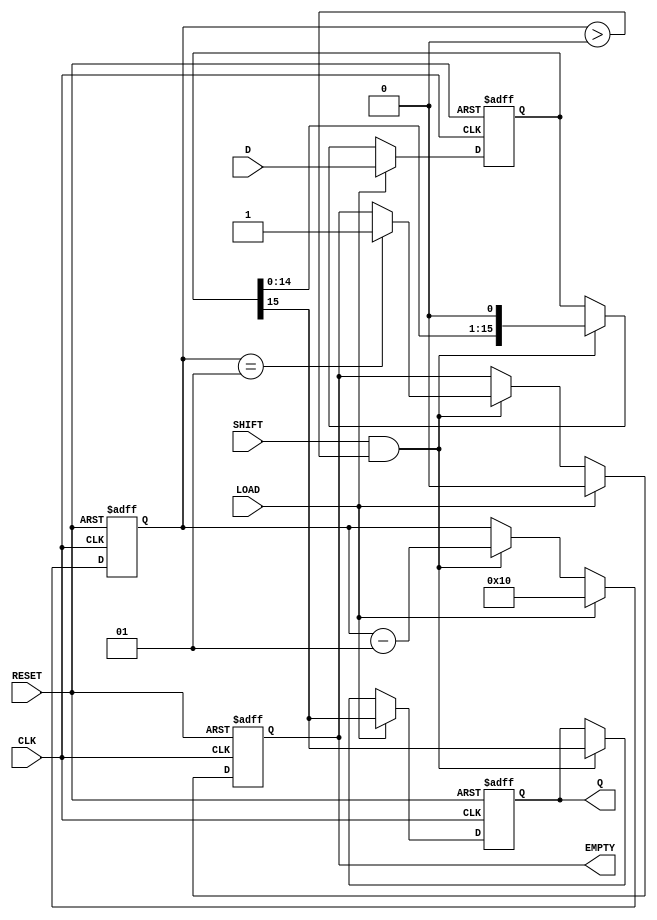
module PISO_Register (
    input wire [15:0] D,   // 16-bit input data bus
    input wire LOAD,       // Control signal to load data
    input wire SHIFT,      // Control signal to shift data
    input wire CLK,        // Clock signal
    input wire RESET,      // Asynchronous reset signal
    output reg Q,          // Serial output
    output reg EMPTY       // Flag indicating if the register is empty
);

    reg [15:0] shift_reg;  // 16-bit shift register to hold the data
    integer count;         // Counter for the number of bits shifted out

    // Asynchronous reset and data loading
    always @(posedge CLK or posedge RESET) begin
        if (RESET) begin
            shift_reg <= 16'b0;  // Clear the shift register
            Q <= 1'b0;           // Initialize serial output to 0
            EMPTY <= 1'b1;       // Set EMPTY flag
            count <= 16;         // Initialize the count to the total number of bits
        end else if (LOAD) begin
            shift_reg <= D;      // Load data into the shift register
            Q <= shift_reg[15];  // Output the MSB initially
            EMPTY <= 1'b0;       // Set EMPTY flag to indicate data is loaded
            count <= 16;         // Reset the count
        end else if (SHIFT && count > 0) begin
            Q <= shift_reg[15];  // Output the MSB
            shift_reg <= shift_reg << 1; // Shift left to prepare for the next output
            count <= count - 1;  // Decrease count
            if (count == 1) begin
                EMPTY <= 1'b1;   // Set EMPTY flag when all bits are shifted out
            end
        end
    end

endmodule